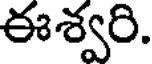
ఈశ్వరి.